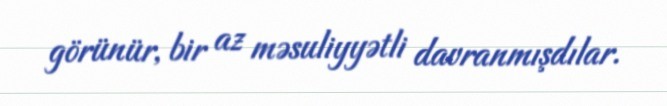
görünür, bir az məsuliyyətli davranmışdılar.